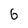
Character: 6